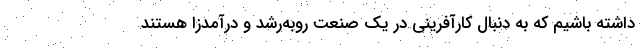
داشته باشیم که به دنبال کارآفرینی در یک صنعت روبه‌رشد و درآمدزا هستند